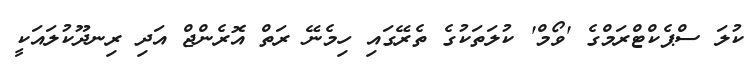
ކުލަ ސްޕެކްޓްރަމްގެ 'ވޯމް' ކުލަތަކުގެ ތެރޭގައި ހިމެނޭ ރަތް އޮރެންޖް އަދި ރިނދޫކުލައަކީ